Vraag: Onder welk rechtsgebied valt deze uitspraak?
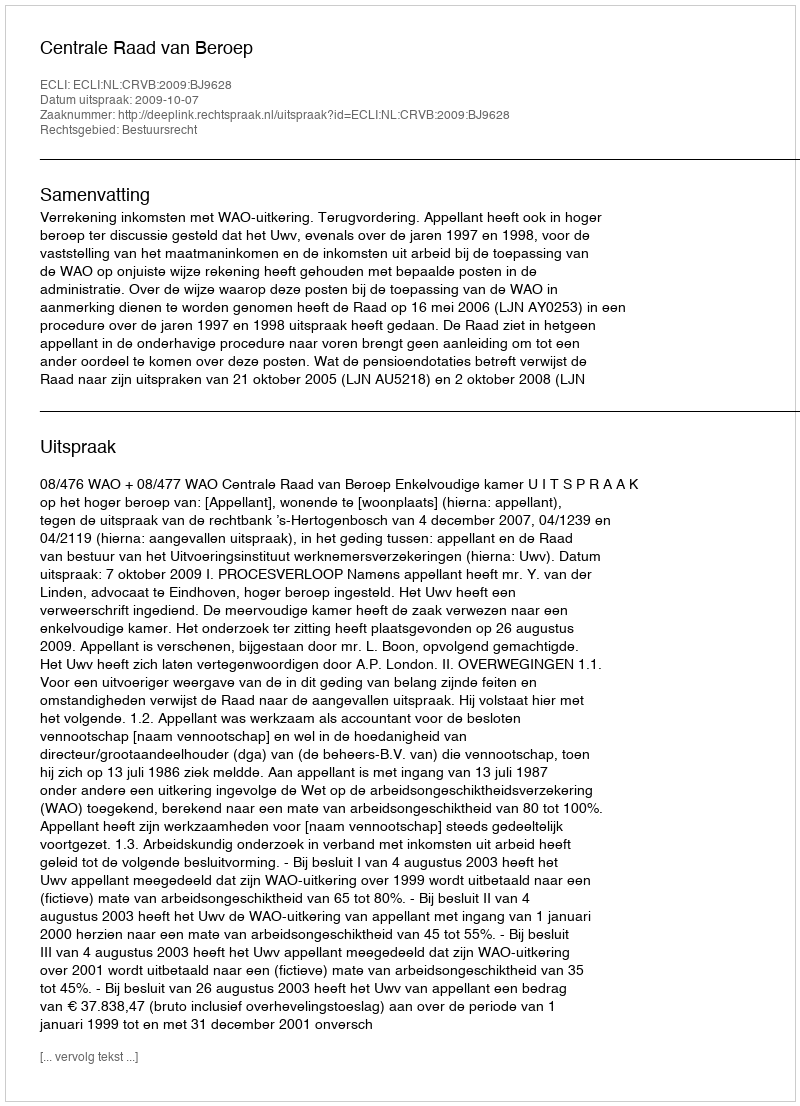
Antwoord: Bestuursrecht